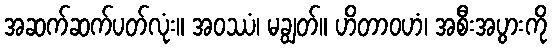
အဆက်ဆက်ပတ်လုံး။ အဝဿံ၊ မချွတ်။ ဟိတာဝဟံ၊ အစီးအပွားကို